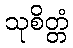
သုစိတ္တံ